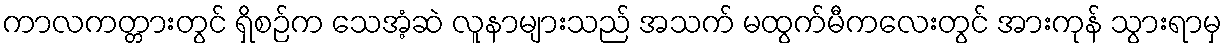
ကာလကတ္တားတွင် ရှိစဉ်က သေအံ့ဆဲ လူနာများသည် အသက် မထွက်မီကလေးတွင် အားကုန် သွားရာမှ